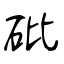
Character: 砒